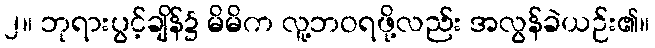
၂။ ဘုရားပွင့်ချိန်၌ မိမိက လူ့ဘဝရဖို့လည်း အလွန်ခဲယဉ်း၏။